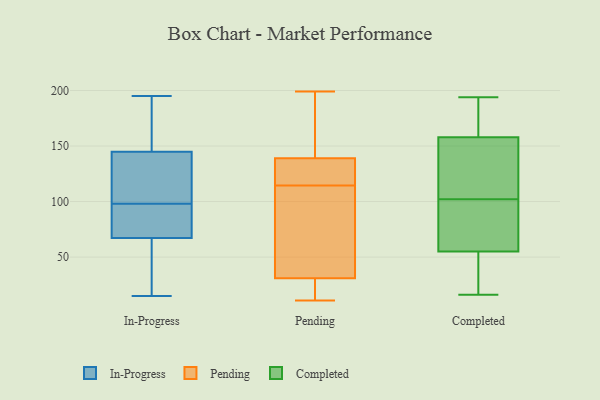
{"axis": {"x": "Shipments", "y": "Value"}, "legend": ["Completed", "In-Progress", "Pending"], "data": [{"x": "", "y": 114, "type": "In-Progress"}, {"x": "", "y": 175, "type": "In-Progress"}, {"x": "", "y": 16, "type": "In-Progress"}, {"x": "", "y": 109, "type": "In-Progress"}, {"x": "", "y": 105, "type": "In-Progress"}, {"x": "", "y": 65, "type": "In-Progress"}, {"x": "", "y": 98, "type": "In-Progress"}, {"x": "", "y": 82, "type": "In-Progress"}, {"x": "", "y": 195, "type": "In-Progress"}, {"x": "", "y": 74, "type": "In-Progress"}, {"x": "", "y": 85, "type": "In-Progress"}, {"x": "", "y": 155, "type": "In-Progress"}, {"x": "", "y": 15, "type": "In-Progress"}, {"x": "", "y": 46, "type": "In-Progress"}, {"x": "", "y": 195, "type": "In-Progress"}, {"x": "", "y": 114, "type": "Pending"}, {"x": "", "y": 133, "type": "Pending"}, {"x": "", "y": 33, "type": "Pending"}, {"x": "", "y": 50, "type": "Pending"}, {"x": "", "y": 199, "type": "Pending"}, {"x": "", "y": 11, "type": "Pending"}, {"x": "", "y": 115, "type": "Pending"}, {"x": "", "y": 16, "type": "Pending"}, {"x": "", "y": 187, "type": "Pending"}, {"x": "", "y": 143, "type": "Pending"}, {"x": "", "y": 29, "type": "Pending"}, {"x": "", "y": 135, "type": "Pending"}, {"x": "", "y": 92, "type": "Completed"}, {"x": "", "y": 124, "type": "Completed"}, {"x": "", "y": 16, "type": "Completed"}, {"x": "", "y": 177, "type": "Completed"}, {"x": "", "y": 145, "type": "Completed"}, {"x": "", "y": 182, "type": "Completed"}, {"x": "", "y": 194, "type": "Completed"}, {"x": "", "y": 164, "type": "Completed"}, {"x": "", "y": 99, "type": "Completed"}, {"x": "", "y": 74, "type": "Completed"}, {"x": "", "y": 34, "type": "Completed"}, {"x": "", "y": 36, "type": "Completed"}, {"x": "", "y": 42, "type": "Completed"}, {"x": "", "y": 136, "type": "Completed"}, {"x": "", "y": 62, "type": "Completed"}, {"x": "", "y": 158, "type": "Completed"}, {"x": "", "y": 105, "type": "Completed"}, {"x": "", "y": 55, "type": "Completed"}]}